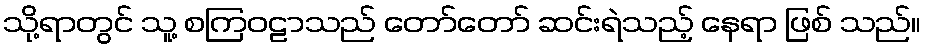
သို့ရာတွင် သူ့ စကြဝဠာသည် တော်တော် ဆင်းရဲသည့် နေရာ ဖြစ် သည်။